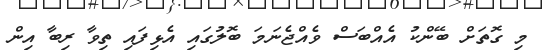
މި ގޮތަށް ބޭންކު އެއްބަސް ވެއްޖެނަމަ ބޮލުގައި އެޅިފައި ތިވާ ރިބާ އިން